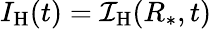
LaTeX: I_{\mathrm{H}}(t)={\cal I}_{\mathrm{H}}(R_{*},t)